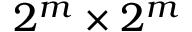
2 ^ { m } \times 2 ^ { m }